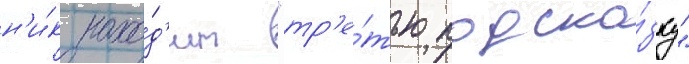
н'и́к нахо́д'ит "тр'е́тью подска́зку"